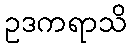
ဥဒကရာသိ